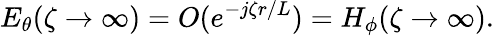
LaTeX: E_{\theta}(\zeta\to\infty)=O(e^{-j\zeta r/L})=H_{\phi}(\zeta\to\infty).